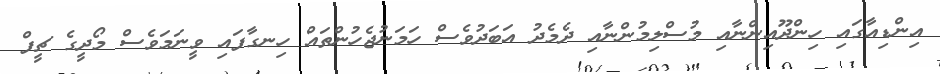
އިންޑިއާގައި ހިންދޫއިންނާއި މުސްލިމުންނާއި ދެމެދު އަބަދުވެސް ހަމަނުޖެހުންތައް ހިނގާފައި ވީނަމަވެސް މޯދީގެ ޗީފް